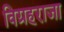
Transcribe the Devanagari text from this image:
विग्रहराजा